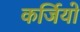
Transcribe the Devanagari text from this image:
कर्जियो